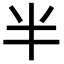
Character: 半